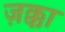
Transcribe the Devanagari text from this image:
ज़क्का